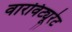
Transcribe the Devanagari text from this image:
वारविट्यूरेट